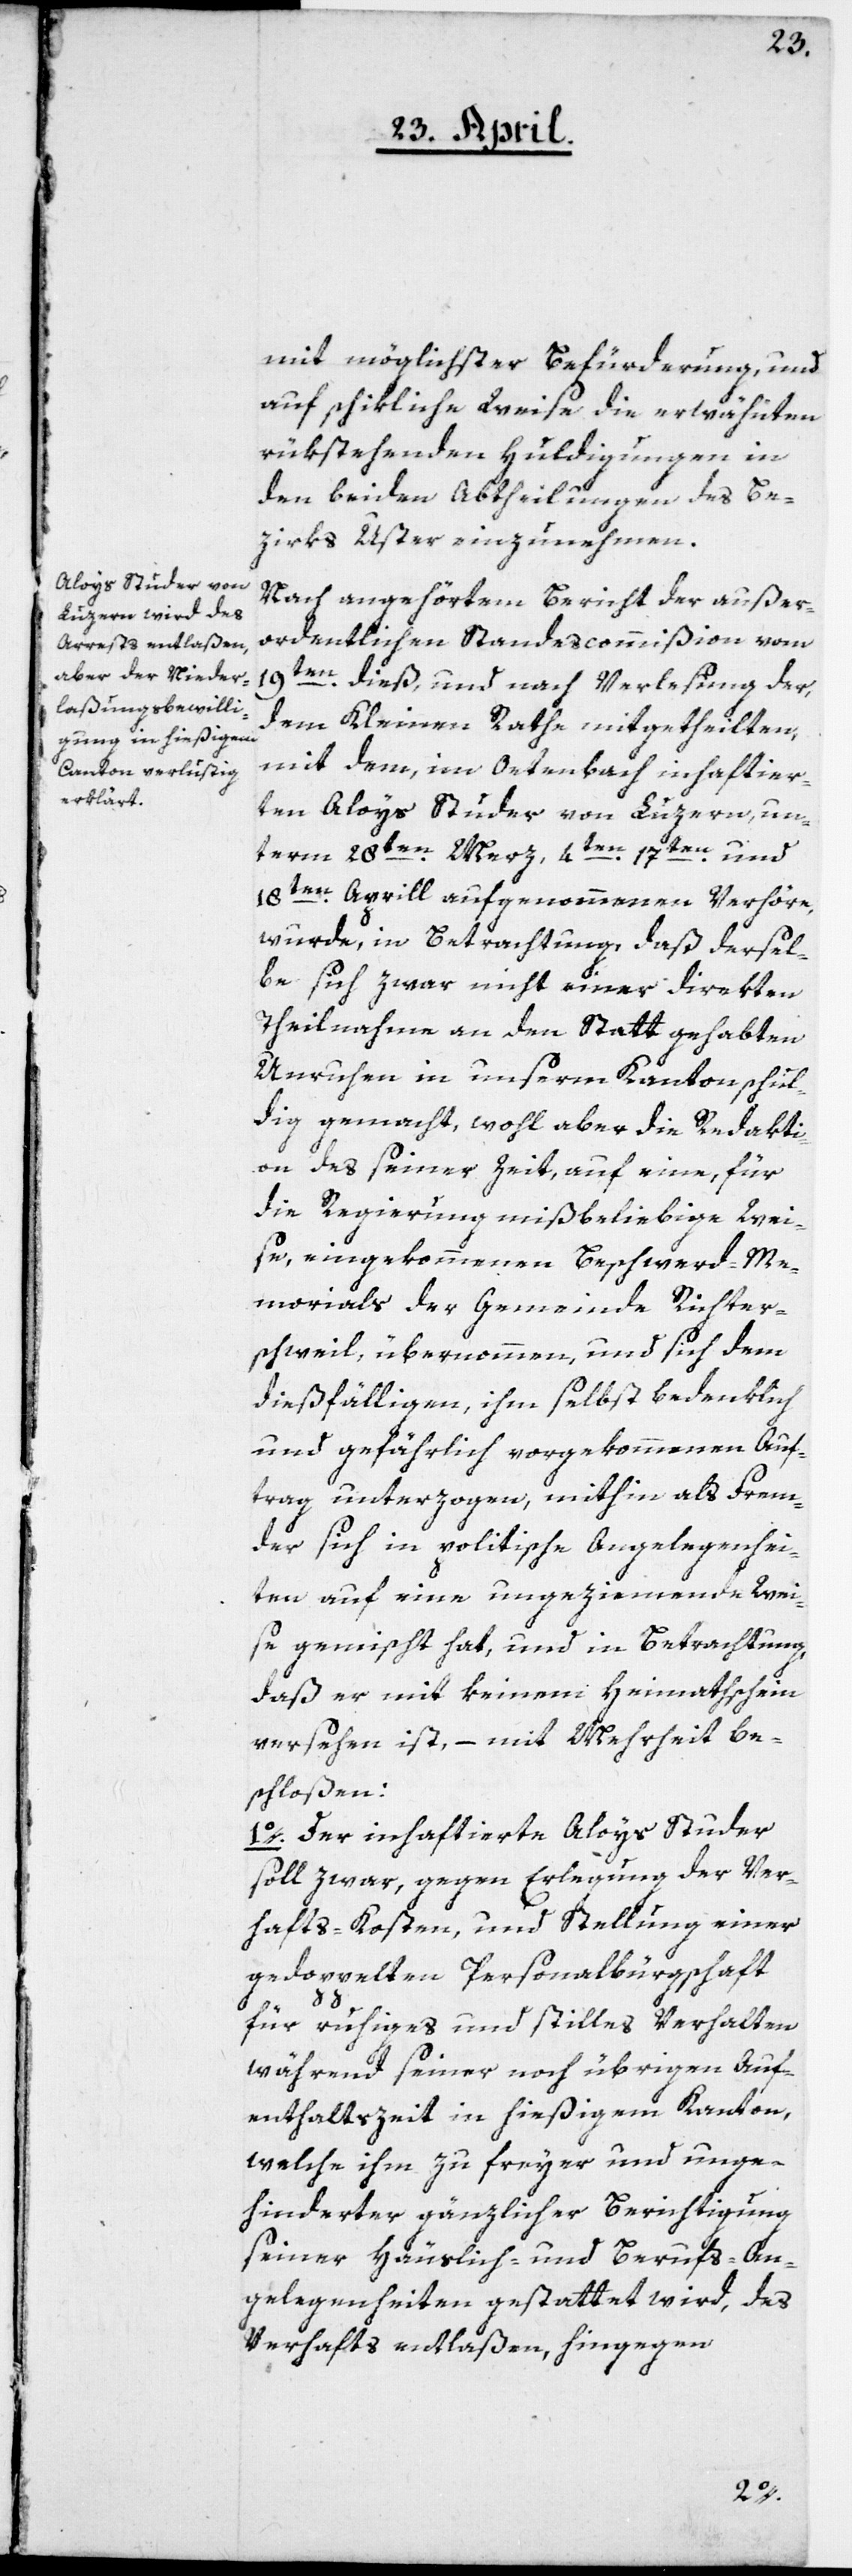
mit möglichster Befürderung, und
auf schikliche Weise die erwähnten
rükstehenden Huldigungen in
den beiden Abtheilungen des Be¬
zirks Uster einzunehmen.
Nach angehörtem Bericht der außer¬
ordentlichen Standescommißion vom
19ten dieß, und nach Verlesung der,
dem Kleinen Rathe mitgetheilten,
mit dem, im Oetenbach inhaftier¬
ten Aloys Studer von Luzern, un¬
en, 17ten und
term 28ten Merz, 4t¬
18ten Aprill aufgenommenen Verhöre,
wurde, in Betrachtung daß dersel¬
be sich zwar nicht einer direkten
Theilnahme an den Statt gehabten
Unruhen in unserm Kanton schul¬
dig gemacht, wohl aber die Redakti¬
on des seiner Zeit auf eine, für
die Regierung mißbeliebige Wei¬
se eingekommenen Beschwerd-Me¬
morials der Gemeinde Richter¬
schweil übernommen, und sich dem
dießfälligen, ihm selbst bedenklich
und gefährlich vorgekommenen Auf¬
trag unterzogen, mithin als Frem¬
der sich in politische Angelegenhei¬
ten auf eine ungeziemende Wei¬
se gemischt hat, und in Betrachtung,
daß er mit keinem Heimathschein
versehen ist, – mit Mehrheit be¬
schloßen:
1o. Der inhaftierte Aloys Studer
soll zwar, gegen Erlegung der Ver¬
hafts-Kosten, und Stellung einer
gedoppelten Personalbürgschaft
für ruhiges und stilles Verhalten
während seiner noch übrigen Auf¬
enthaltszeit in hießigem Kanton,
welche ihm zu freyer und unge¬
hinderter gänzlicher Berichtigung
seiner Häuslich- und Berufs-An¬
gelegenheiten gestattet wird, des
Verhafts entlaßen, hingegen